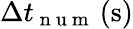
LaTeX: \Delta t_{\mathrm{~n~u~m~}}\left(\mathrm{s}\right)